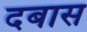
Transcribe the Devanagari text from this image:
दबास